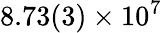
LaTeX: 8.73(3)\times 10^{7}